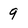
Character: 9